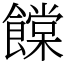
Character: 饓